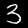
Label: 3